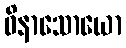
ဝိနာသောယော